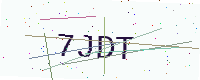
Text: 7JDT